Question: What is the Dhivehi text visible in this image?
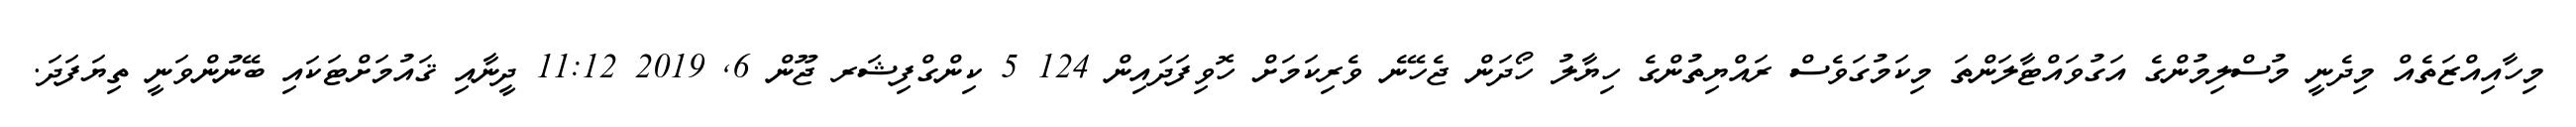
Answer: މިހާއިއްޒަތެއް މިދެނީ މުސްލިމުންގެ އަގުވައްޓާލަންތަ މިކަމުގަވެސް ރައްޔިތުންގެ ހިޔާލު ހޯދަން ޖެހޭނެ ވެރިކަމަށް ހޮވިފަދައިން 124 5 ކިންގްފިޝަރ ޖޫން 6, 2019 11:12 ދީނާއި ޤައުމަށްޓަކައި ބޭނުންވަނީ ތިޔަފަދަ.